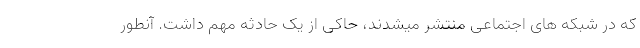
که در شبکه های اجتماعی منتشر میشدند، حاکی از یک حادثه مهم داشت. آنطور